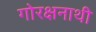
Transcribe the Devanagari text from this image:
गोरक्षनाथी